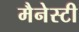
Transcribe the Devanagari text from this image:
मैनेस्टी